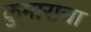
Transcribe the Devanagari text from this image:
कुमाराचा